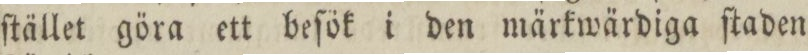
ſtället göra ett beſök i den märkwärdiga ſtaden